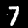
Digit: 7